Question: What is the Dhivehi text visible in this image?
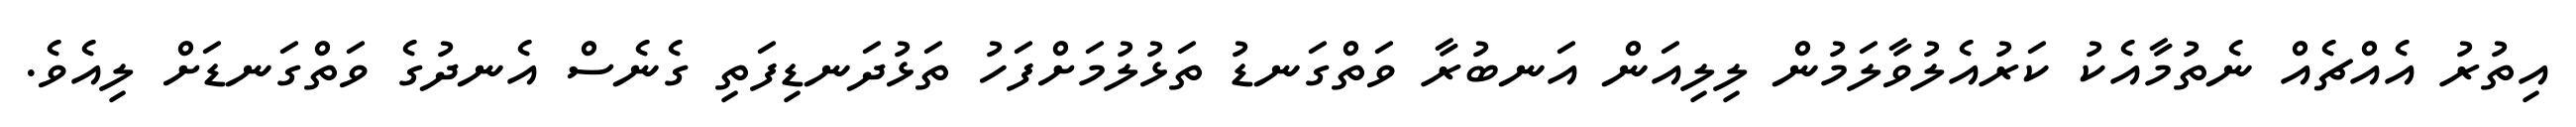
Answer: އިތުރު އެއްޗެއް ނެތުމާއެކު ކަރުއެލުވާލަމުން ލިލިއަން އަނބުރާ ވަތްގަނޑު ތަޅުލުމަށްފަހު ތަޅުދަނޑިފަތި ގެނެސް އެނދުގެ ވަތްގަނޑަށް ލިއެވެ.